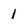
Character: 1